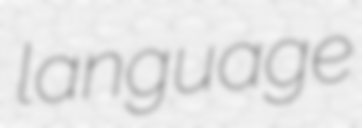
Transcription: language